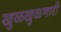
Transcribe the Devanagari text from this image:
खुळखुळणारी